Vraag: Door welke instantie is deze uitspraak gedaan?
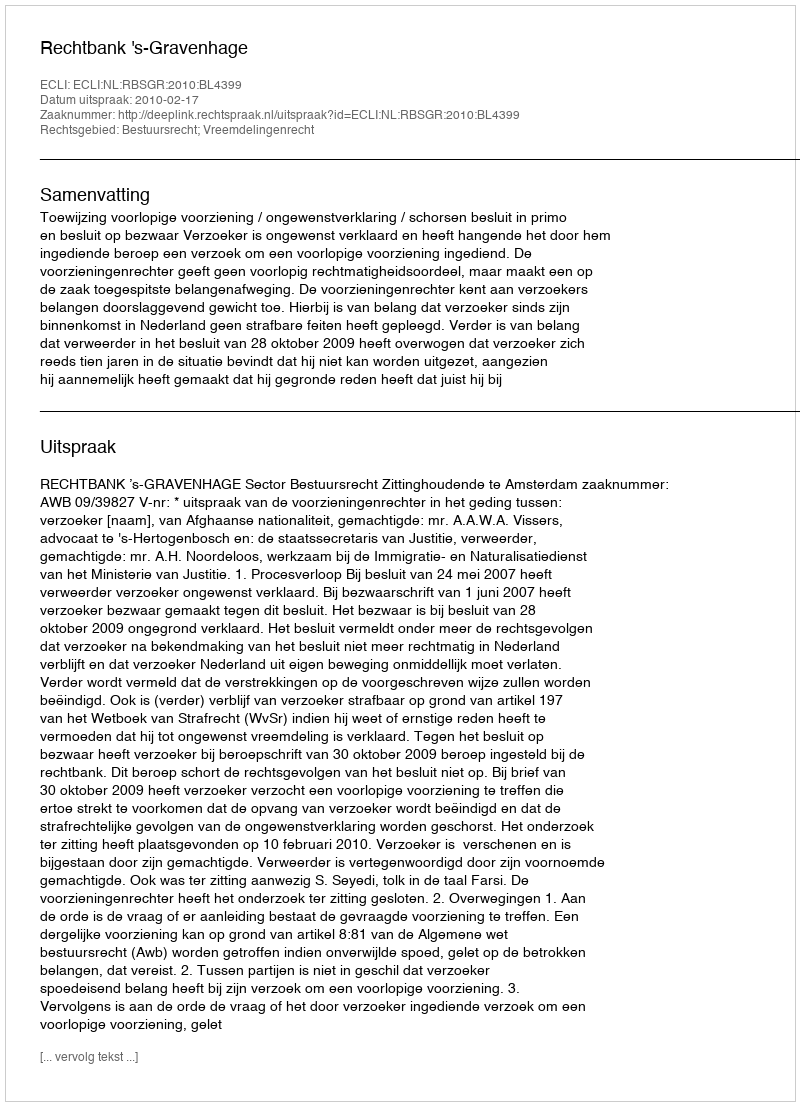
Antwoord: Rechtbank 's-Gravenhage